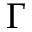
\Gamma